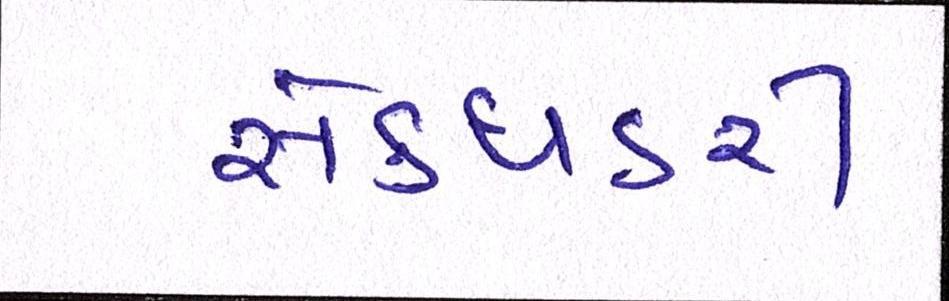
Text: સેક્ધડરી